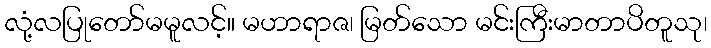
လုံ့လပြုတော်မမူလင့်။ မဟာရာဇ၊ မြတ်သော မင်းကြီးမာတာပိတူသု၊